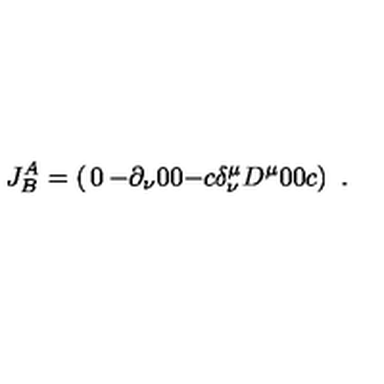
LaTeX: J _ { B } ^ { A } = \left( \begin{matrix} { 0 } & { - \partial _ { \nu } } & { 0 } \\ { 0 } & { - c \delta _ { \nu } ^ { \mu } } & { D ^ { \mu } } \\ { 0 } & { 0 } & { c } \\ \end{matrix} \right) \ .